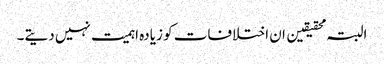
البتہ محقیقین ان اختلافات کو زیادہ اہمیت نہیں دیتے۔